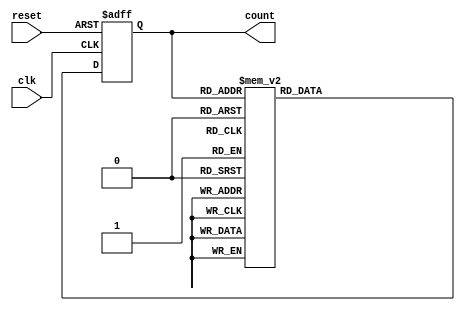
module gray_counter(
    input wire clk, // Clock signal
    input wire reset, // Reset signal
    output reg [n-1:0] count // Binary value of the current count in Gray code
);

parameter n = 4; // Number of bits in the counter
reg [n-1:0] next_count; // Next state of the counter

always @(posedge clk or posedge reset) begin
    if (reset) begin
        count <= 4'b0000; // Reset the counter to 0
    end else begin
        count <= next_count; // Update the counter with the next state
    end
end

always @(*) begin
    // Gray code sequence: 0000,0001,0011,0010,0110,0111,0101,0100,1100,1101,1111,1110,1010,1011,1001,1000
    case (count)
        4'b0000: next_count = 4'b0001;
        4'b0001: next_count = 4'b0011;
        4'b0011: next_count = 4'b0010;
        4'b0010: next_count = 4'b0110;
        4'b0110: next_count = 4'b0111;
        4'b0111: next_count = 4'b0101;
        4'b0101: next_count = 4'b0100;
        4'b0100: next_count = 4'b1100;
        4'b1100: next_count = 4'b1101;
        4'b1101: next_count = 4'b1111;
        4'b1111: next_count = 4'b1110;
        4'b1110: next_count = 4'b1010;
        4'b1010: next_count = 4'b1011;
        4'b1011: next_count = 4'b1001;
        4'b1001: next_count = 4'b1000;
        4'b1000: next_count = 4'b0000;
    endcase
end

endmodule